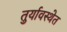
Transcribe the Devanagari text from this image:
तुर्यावस्थेत